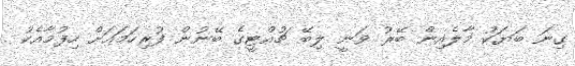
ގިނަ ބަޔަކު މާލެއިން ބޭރު ވަނީ ލިބޭ ޗުއްޓީގެ ބޭނުން ފުރިހަމައަށް ހިފުމާއެކު